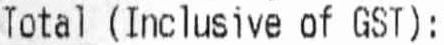
TOTAL (INCLUSIVE OF GST):